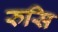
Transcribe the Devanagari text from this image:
रुसि